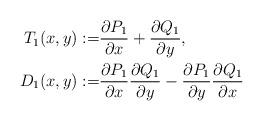
LaTeX: \begin{align*} \begin{aligned}T_1(x,y):= & \frac{\partial P_1}{\partial x} + \frac{\partial Q_1}{\partial y},\\D_1(x,y):= & \frac{\partial P_1}{\partial x} \frac{\partial Q_1}{\partial y}-\frac{\partial P_1}{\partial y} \frac{\partial Q_1}{\partial x}\end{aligned}\end{align*}